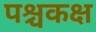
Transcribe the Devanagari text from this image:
पश्चकक्ष